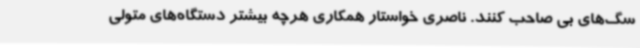
سگ‌های بی صاحب کنند. ناصری خواستار همکاری هرچه بیشتر دستگاه‌های متولی